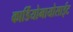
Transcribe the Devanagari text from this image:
कार्डियोमायोसाईट